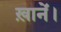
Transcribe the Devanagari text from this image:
ख़ानें।